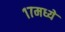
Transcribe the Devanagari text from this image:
१७मध्ये